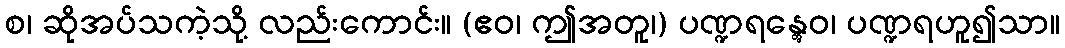
စ၊ ဆိုအပ်သကဲ့သို့ လည်းကောင်း။ (ဧဝ၊ ဤအတူ၊) ပဏ္ဍရန္တွေဝ၊ ပဏ္ဍရဟူ၍သာ။